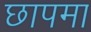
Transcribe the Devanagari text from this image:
छापमा